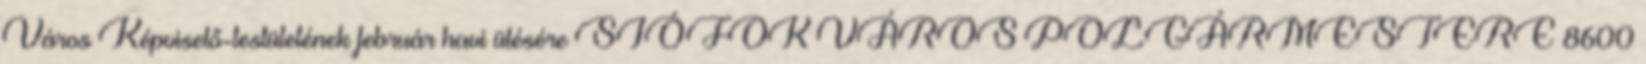
Város Képviselő-testületének február havi ülésére SIÓFOK VÁROS POLGÁRMESTERE 8600